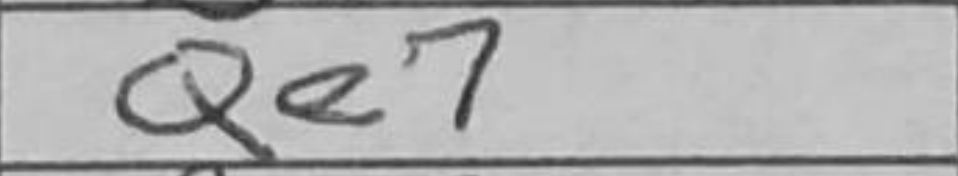
Transcription: Qe7